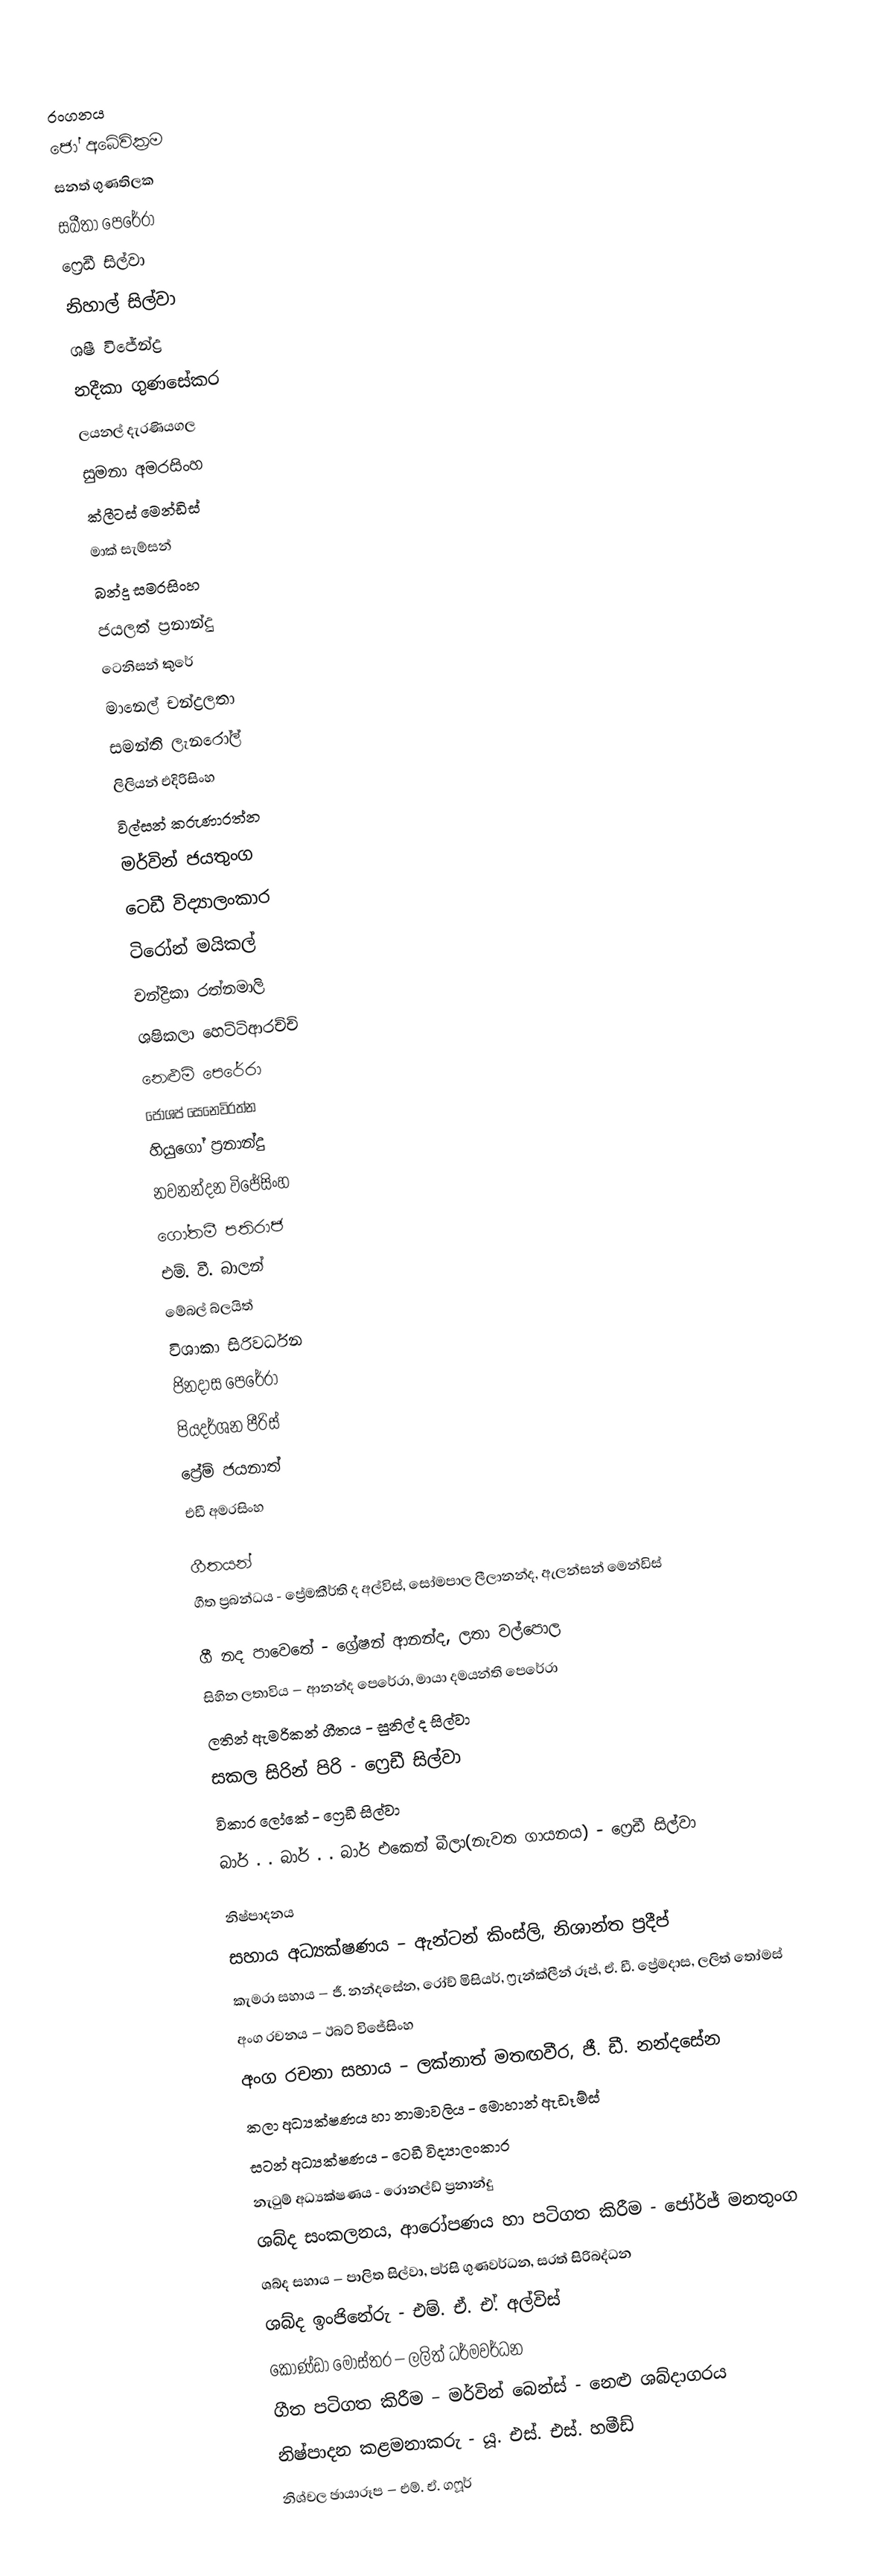

රංගනය
ජෝ අබේවික්‍රම
සනත් ගුණතිලක
සබීතා පෙරේරා
ෆ්‍රෙඩී සිල්වා
නිහාල් සිල්වා
ශෂී විජේන්ද්‍ර
නදීකා ගුණසේකර
ලයනල් දැරණියගල
සුමනා අමරසිංහ
ක්ලීටස් මෙන්ඩිස්
මාක් සැම්සන්
බන්දු සමරසිංහ
ජයලත් ප්‍රනාන්දු
ටෙනිසන් කුරේ
මානෙල් චන්ද්‍රලතා
සමන්ති ලැනරෝල්
ලිලියන් එදිරිසිංහ
විල්සන් කරුණාරත්න
මර්වින් ජයතුංග
ටෙඩී විද්‍යාලංකාර
ටිරෝන් මයිකල්
චන්ද්‍රිකා රත්නමාලි
ශෂිකලා හෙට්ටිආරච්චි
නෙළුම් පෙරේරා
ජෝශප් සෙනෙවිරත්න
හියුගෝ ප්‍රනාන්දු
නවනන්දන විජේසිංහ
ගෝතමී පතිරාජ
එම්. වී. බාලන්
මේබල් බ්ලයිත්
විශාකා සිරිවර්ධන
ජිනදාස පෙරේරා
පියදර්ශන පීරිස්
ප්‍රේම් ජයනාත්
එඩී අමරසිංහ

ගීතයන්
ගීත ප්‍රබන්ධය - ප්‍රේමකීර්ති ද අල්විස්, සෝමපාල ලීලානන්ද, ඇලන්සන් මෙන්ඩිස්

ගී නද පාවෙතේ - ග්‍රේෂන් ආනන්ද, ලතා වල්පොල
සිහින ලතාවිය – ආනන්ද පෙරේරා, මායා දමයන්ති පෙරේරා
ලතින් ඇමරිකන් ගීතය - සුනිල් ද සිල්වා
සකල සිරින් පිරි - ෆ්‍රෙඩී සිල්වා
විකාර ලෝකේ - ෆ්‍රෙඩී සිල්වා
බාර් . . බාර් . . බාර් එකෙන් බීලා(නැවත ගායනය) - ෆ්‍රෙඩී සිල්වා

නිෂ්පාදනය
සහාය අධ්‍යක්ෂණය – ඇන්ටන් කිංස්ලි, නිශාන්ත ප්‍රදීප්
කැමරා සහාය – ජී. නන්දසේන, රෝච් මිසියර්, ෆ්‍රැන්ක්ලීන් රූප්, ඒ. ඩී. ප්‍රේමදාස, ලලිත් තෝමස්
අංග රචනය – ඊබට් විජේසිංහ
අංග රචනා සහාය – ලක්නාත් මතඟවීර, ජී. ඩී. නන්දසේන
කලා අධ්‍යක්ෂණය හා නාමාවලිය - මොහාන් ඇඩෑම්ස්
සටන් අධ්‍යක්ෂණය - ටෙඩී විද්‍යාලංකාර
නැටුම් අධ්‍යක්ෂණය - රොනල්ඩ් ප්‍රනාන්දු
ශබ්ද සංකලනය, ආරෝපණය හා පටිගත කිරීම - ජෝර්ජ් මනතුංග
ශබ්ද සහාය – පාලිත සිල්වා, පර්සි ගුණවර්ධන, සරත් සිරිබද්ධන
ශබ්ද ඉංජිනේරු - එම්. ඒ. එ.් අල්විස්
කොණ්ඩා මෝස්තර – ලලිත් ධර්මවර්ධන
ගීත පටිගත කිරීම – මර්වින් බෙන්ස් - නෙළු ශබ්දාගරය
නිෂ්පාදන කළමනාකරු - යූ. එස්. එස්. හමීඩ්
නිශ්චල ඡායාරූප – එම්. ඒ. ගෆූර්